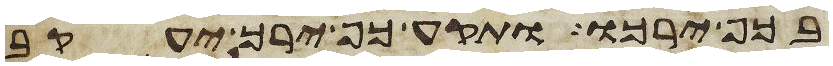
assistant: בכף ירכו ותקע כף ירך יעקב